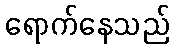
ရောက်နေသည်